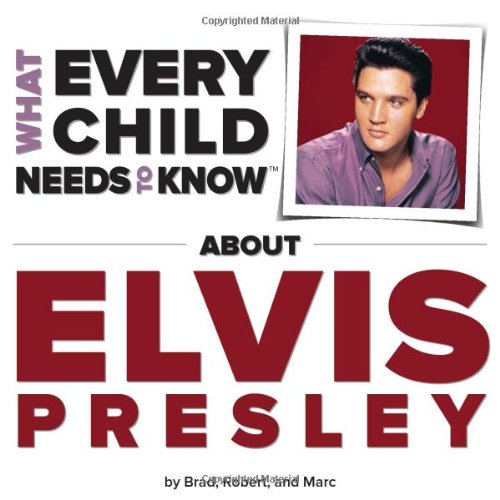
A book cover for What Every Child Needs To Know About Elvis Presley; R. Bradley Snyder; Children's Books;